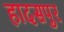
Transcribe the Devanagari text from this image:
हादसपुर